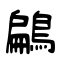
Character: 鶣